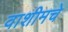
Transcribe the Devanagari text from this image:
वाशीमचे